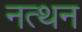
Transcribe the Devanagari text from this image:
नत्थन